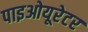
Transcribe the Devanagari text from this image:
पाइओयूरेटर